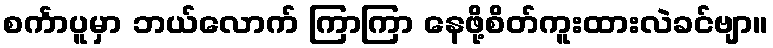
စင်္ကာပူမှာ ဘယ်လောက် ကြာကြာ နေဖို့စိတ်ကူးထားလဲခင်ဗျာ။